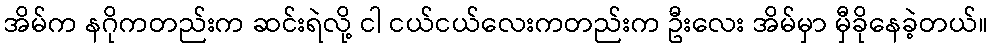
အိမ်က နဂိုကတည်းက ဆင်းရဲလို့ ငါ ငယ်ငယ်လေးကတည်းက ဦးလေး အိမ်မှာ မှီခိုနေခဲ့တယ်။